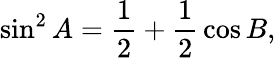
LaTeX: \sin^{2}A={\frac{1}{2}}+{\frac{1}{2}}\cos B,